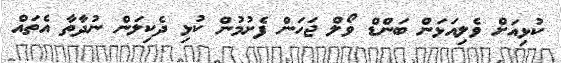
ކުޅިއަށް ވެލިއަޅަން ބަންޑް ވޯލް ޖަހަން ފެށުމުން ކުޅި ދެކިލަން ނުދާތާ އެތައް